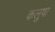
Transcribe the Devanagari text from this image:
कलुषा